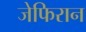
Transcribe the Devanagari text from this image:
जेफिरान